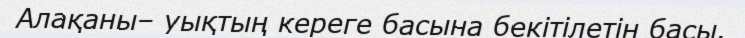
Алақаны– уықтың кереге басына бекітілетін басы.